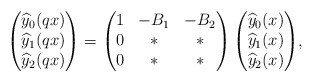
\begin{align*}\begin{pmatrix} \widehat{y}_{0}(qx) \\ \widehat{y}_{1}(qx) \\ \widehat{y}_{2}(qx) \end{pmatrix}= \begin{pmatrix} 1 & -B_1 & -B_2\\ 0 & * & * \\ 0 & * & * \end{pmatrix}\begin{pmatrix} \widehat{y}_{0}(x) \\ \widehat{y}_{1}(x) \\ \widehat{y}_{2}(x) \end{pmatrix}\!,\end{align*}